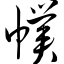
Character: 幞